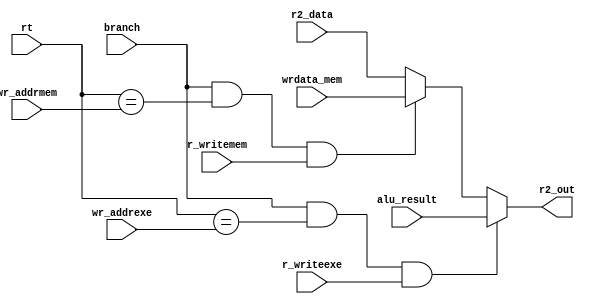
module forwarding_rt(branch,r2_data,alu_result,rt,r_writeexe,wr_addrexe,r2_out,
					 r_writemem,wr_addrmem,wrdata_mem);
	
	input branch,r_writeexe,r_writemem;
	input [31:0] r2_data,alu_result,wrdata_mem;
	input [4:0] rt,wr_addrexe,wr_addrmem;
	
	output reg [31:0] r2_out;
	
	always@(branch or rt or wr_addrexe or alu_result or r_writeexe or r2_data or wr_addrmem or r_writemem or wrdata_mem)
	begin
		if(branch && (rt==wr_addrexe) && r_writeexe)
			r2_out=alu_result;
		else if(branch &&(rt==wr_addrmem)&& r_writemem)
			r2_out=wrdata_mem;
		else
			r2_out=r2_data;
	end
	
endmodule